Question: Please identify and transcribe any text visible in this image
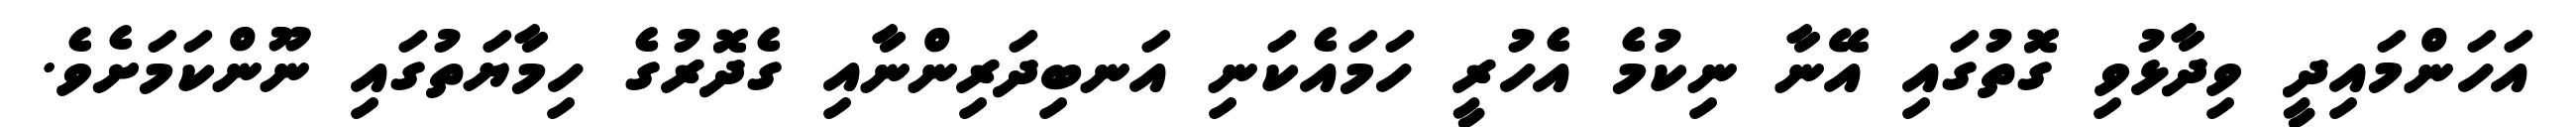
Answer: އަހަންމައިދީ ވިދާޅުވި ގޮތުގައި އޭނާ ނިކުމެ އެހުރީ ހަމައެކަނި އަނބިދަރިންނާއި ގެދޮރުގެ ހިމާޔަތުގައި ނޫންކަމަށެވެ.